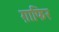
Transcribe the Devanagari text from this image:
ग़ाफिर